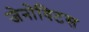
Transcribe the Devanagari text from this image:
जेनोविटस